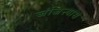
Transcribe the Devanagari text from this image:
जंजिऱ्यास